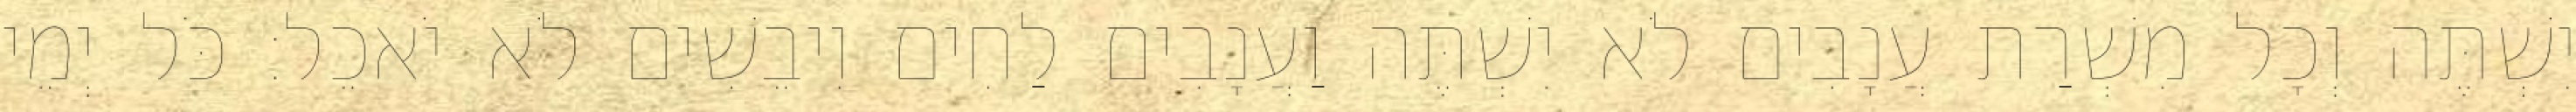
יִשְׁתֶּה וְכָל מִשְׁרַת עֲנָבִים לֹא יִשְׁתֶּה וַעֲנָבִים לַחִים וִיבֵשִׁים לֹא יֹאכֵל׃ כֹּל יְמֵי